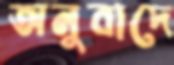
অনুবাদে